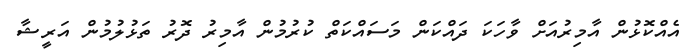
އެއްކޮޅުން އާމިރުއަށް ވާހަކަ ދައްކަން މަސައްކަތް ކުރުމުން އާމިރު ދޮރު ތަޅުލުމުން އަރީޝާ